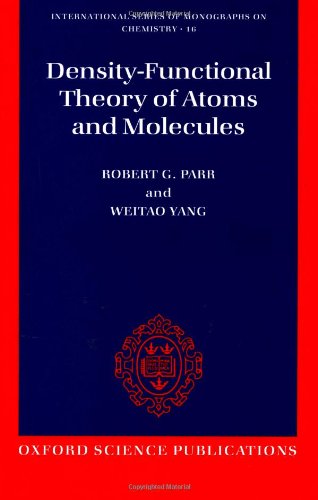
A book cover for Density-Functional Theory of Atoms and Molecules (International Series of Monographs on Chemistry); Robert G. Parr; Science & Math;